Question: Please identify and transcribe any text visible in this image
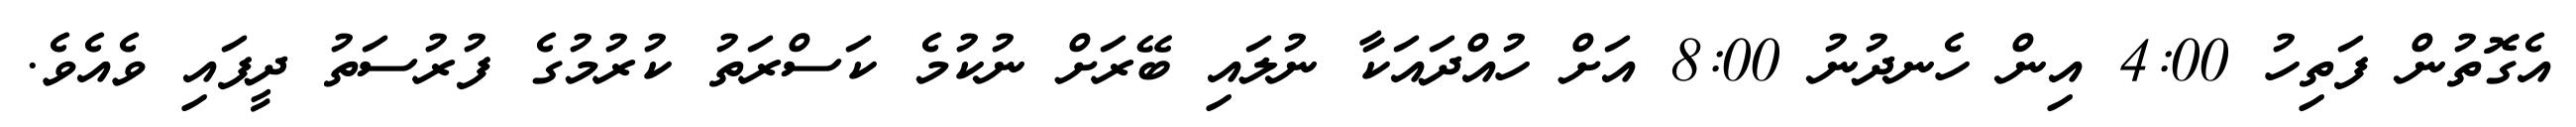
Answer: އެގޮތުން ފަތިހު 4:00 އިން ހެނދުނު 8:00 އަށް ހުއްދައަކާ ނުލައި ބޭރަށް ނުކުމެ ކަސްރަތު ކުރުމުގެ ފުރުސަތު ދީފައި ވެއެވެ.